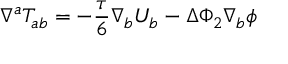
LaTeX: \nabla ^ { a } { \cal T } _ { a b } = - \frac { \tau } { 6 } \nabla _ { b } U _ { b } - \Delta \Phi _ { 2 } \nabla _ { b } \phi